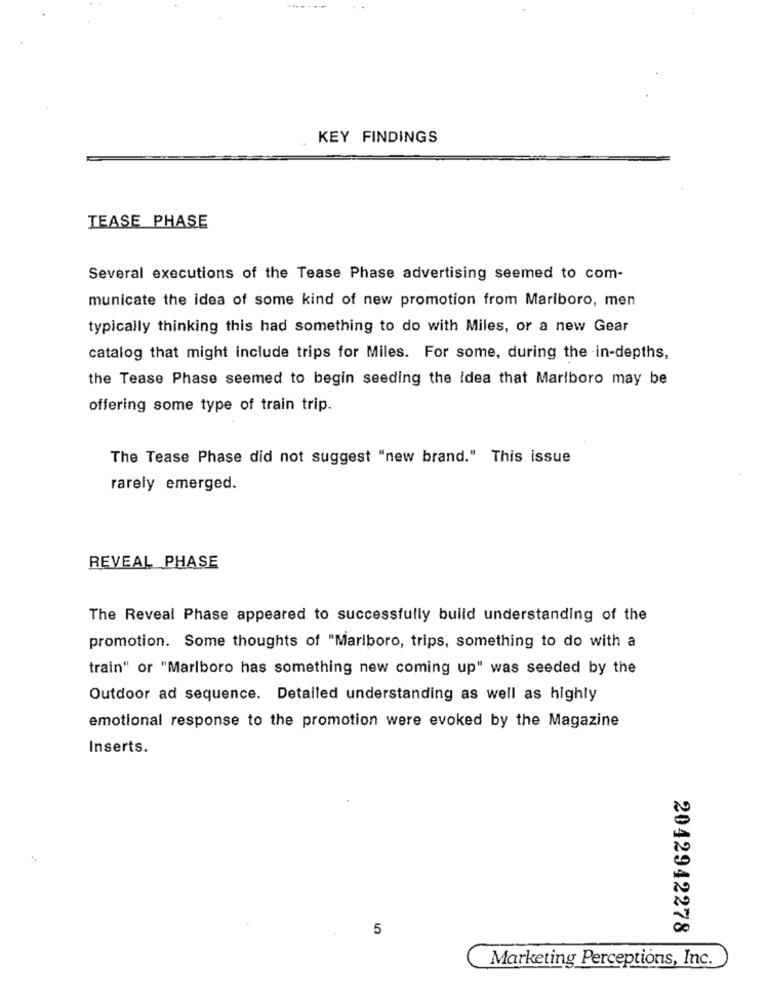
KEY FINDINGS
TEASE PHASE
Several executions of the Tease Phase advertising seemed to com-
municate the idea of some kind of new promotion from Marlboro, men
typically thinking this had something to do with Miles, or a new Gear
catalog that might include trips for Miles. For some, during the in-depths,
the Tease Phase seemed to begin seeding the Idea that Marlboro may be
offering some type of train trip.
The Tease Phase did not suggest "new brand." This issue
rarely emerged.
REVEAL_ PHASE
The Reveal Phase appeared to successfully build understanding of the
promotion. Some thoughts of "Marlboro, trips, something to do with a
train" or "Marlboro has something new coming up" was seeded by the
Outdoor ad sequence. Detailed understanding as well as highly
emotional response to the promotion were evoked by the Magazine
Inserts.
5
2042942278
Marketing Perceptions, Inc.